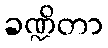
ခဏ္ဍိတာ